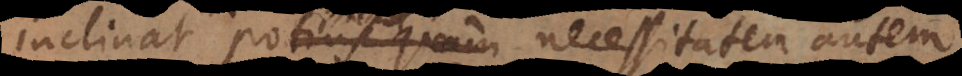
clinat tantum, necessitatem autem